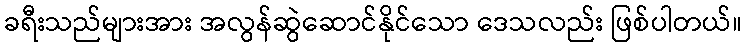
ခရီးသည်များအား အလွန်ဆွဲဆောင်နိုင်သော ဒေသလည်း ဖြစ်ပါတယ်။